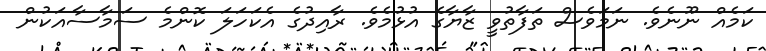
ކަމެއް ނޫނެވެ. ނަމަވެސް ތަފާތުވީ ޒާޔާގެ އުޅުމެވެ. ރާއިދުގެ އެކަހަލަ ކޮންމެ ސަމާސާއަކުން